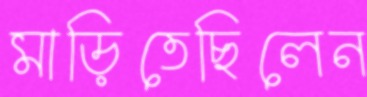
মাড়িতেছিলেন